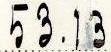
53.13